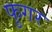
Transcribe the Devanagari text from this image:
फुगर